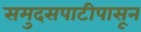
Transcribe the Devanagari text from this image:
समुदसपाटीपासून